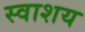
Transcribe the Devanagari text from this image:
स्वाशय